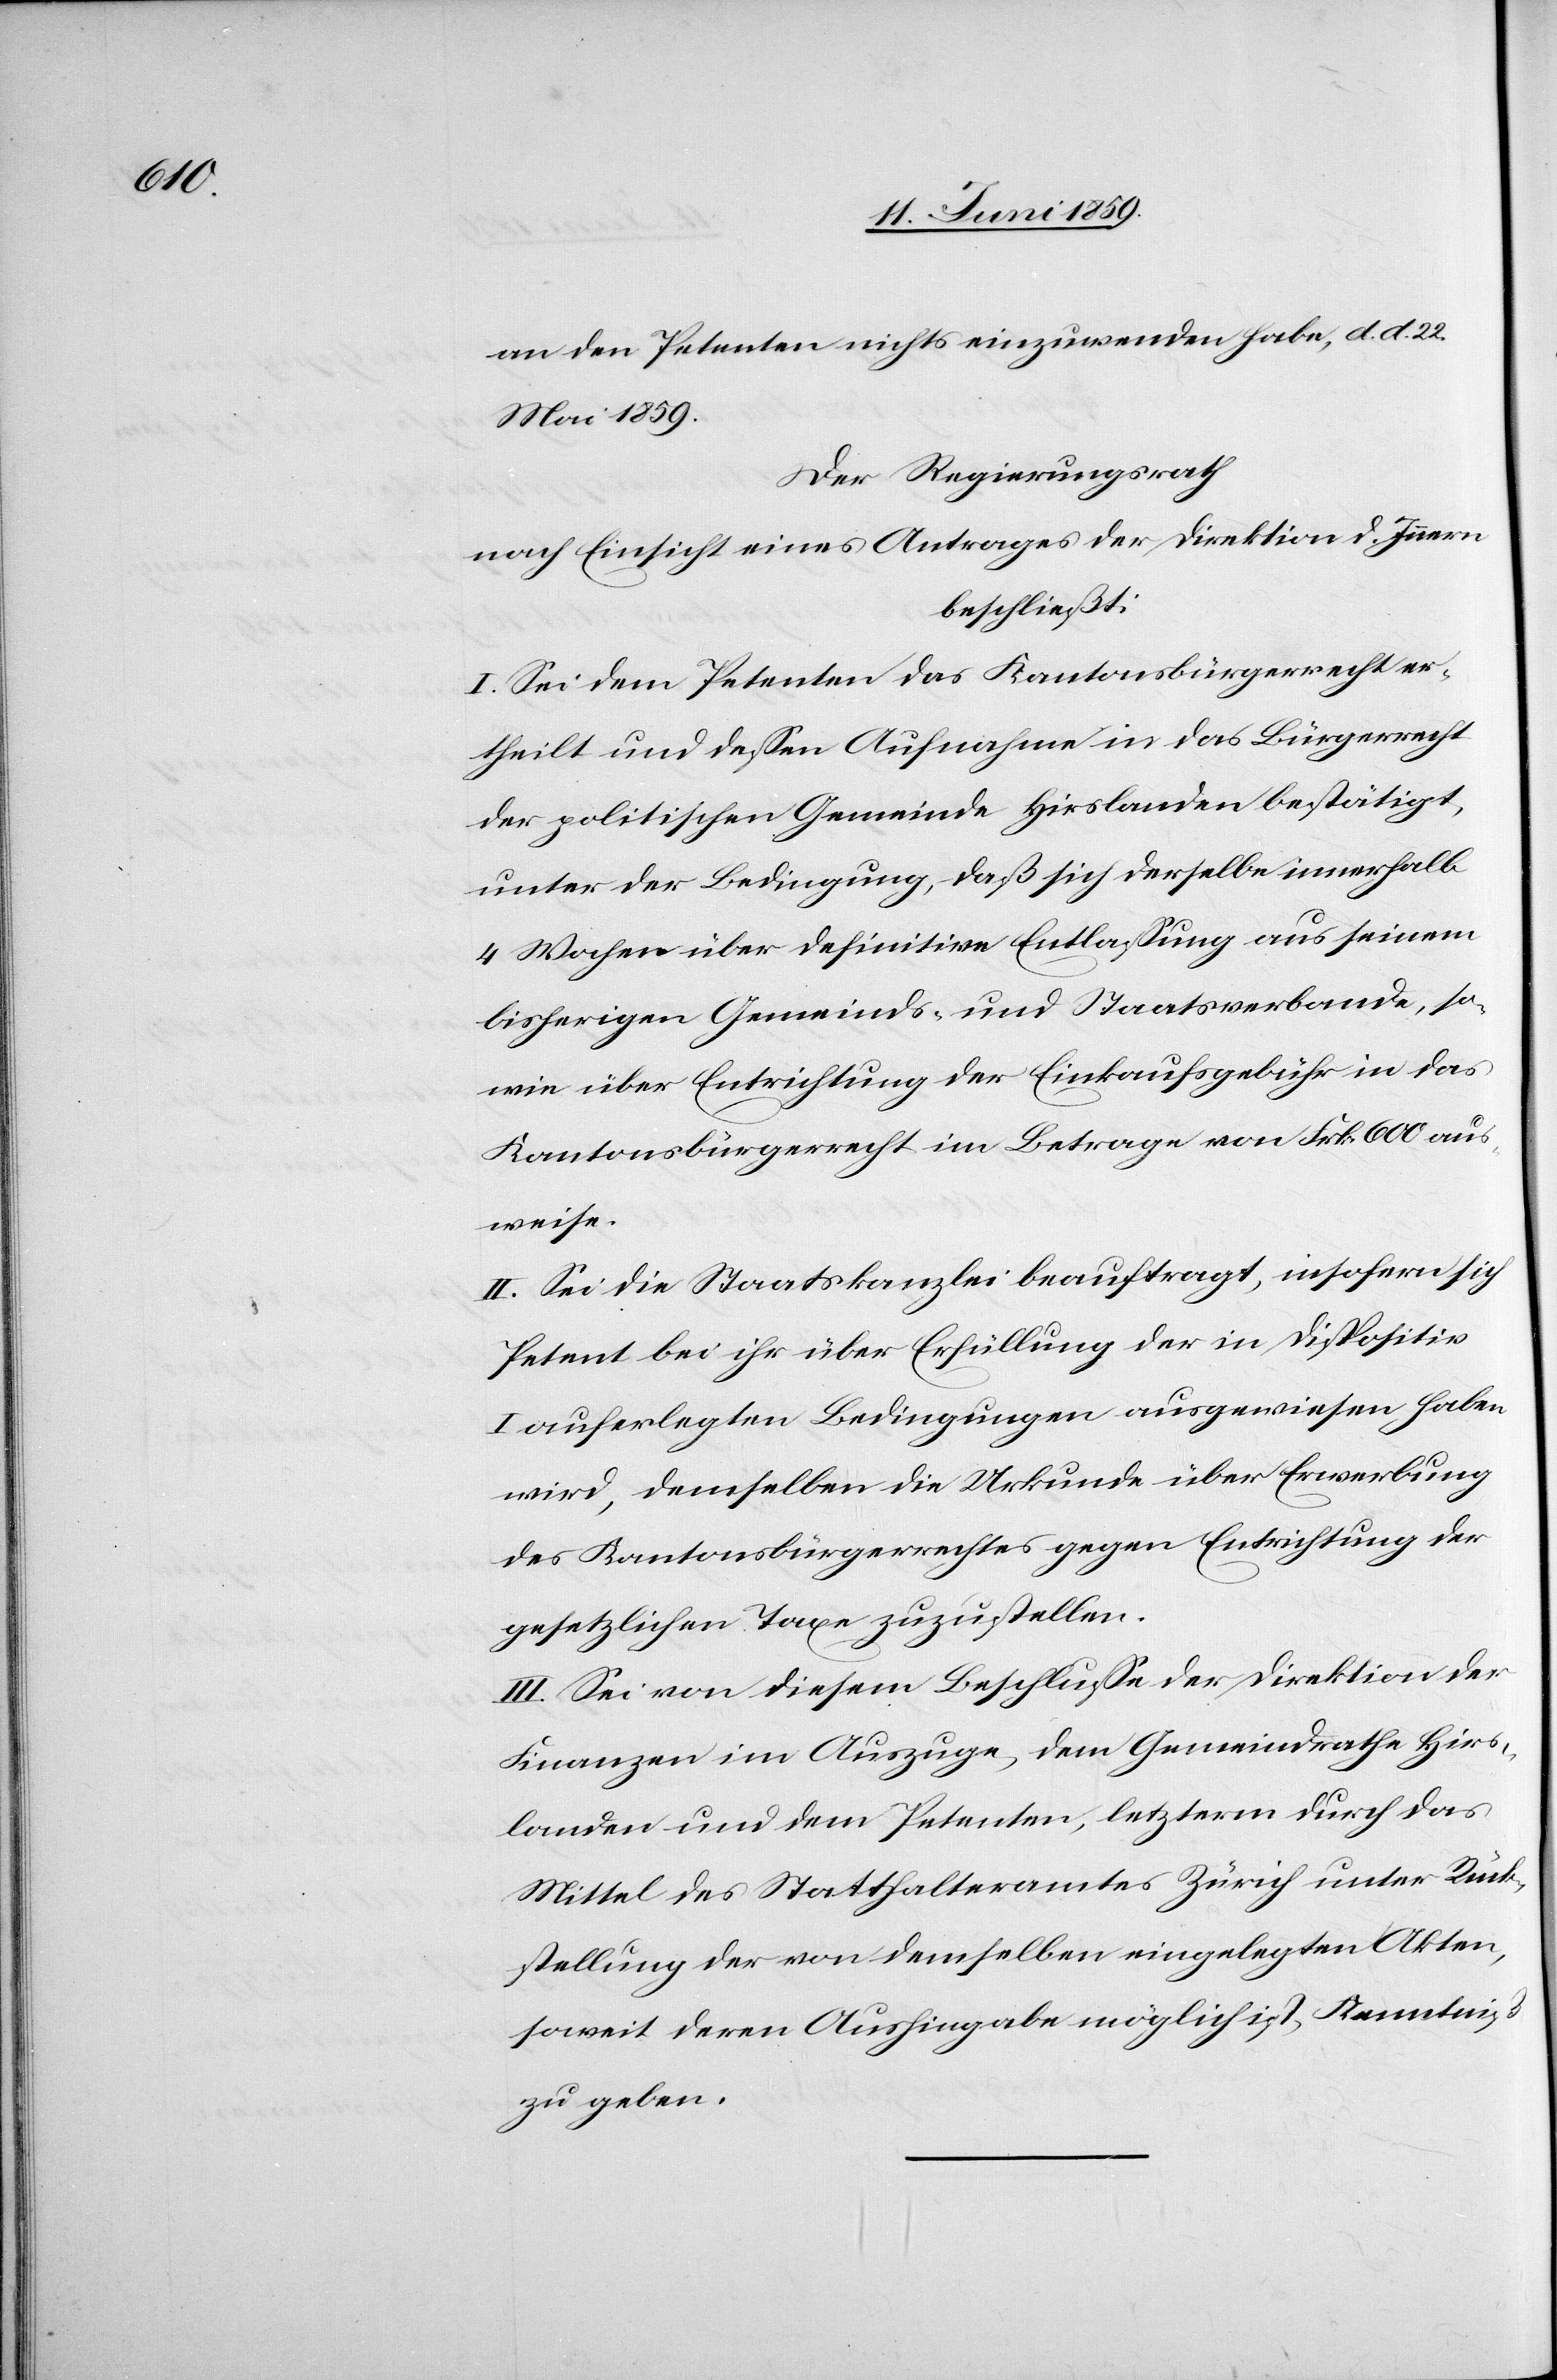
an den Petenten nichts einzuwenden habe, d. d. 22.
Mai 1859.
Der Regierungsrath
nach Einsicht eines Antrages der Direktion d. Innern
beschließt:
I. Sei dem Petenten das Kantonsbürgerrecht er¬
theilt und dessen Aufnahme in das Bürgerrecht
der politischen Gemeinde Hirslanden bestätigt,
unter der Bedingung, daß sich derselbe innerhalb
4 Wochen über definitive Entlassung aus seinem
bisherigen Gemeinds- und Staatsverbande, so¬
wie über Entrichtung der Einkaufsgebühr in das
Kantonsbürgerrecht im Betrage von Frk. 600 aus¬
weise.
II. Sei die Staatskanzlei beauftragt, insofern sich
Petent bei ihr über Erfüllung der in Dispositiv
I auferlegten Bedingungen ausgewiesen haben
wird, demselben die Urkunde über Erwerbung
des Kantonsbürgerrechtes gegen Entrichtung der
gesetzlichen Taxen zuzustellen.
III. Sei von diesem Beschlusse der Direktion der
Finanzen im Auszuge, dem Gemeindrathe Hirs¬
landen und dem Petenten, letzterm durch das
Mittel des Statthalteramtes Zürich unter Rück¬
stellung der von demselben eingelegten Akten,
soweit deren Aushingabe möglich ist, Kenntniß
zu geben.